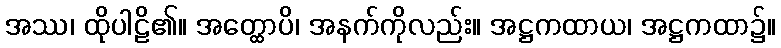
အဿ၊ ထိုပါဠိ၏။ အတ္ထောပိ၊ အနက်ကိုလည်း။ အဋ္ဌကထာယ၊ အဋ္ဌကထာ၌။